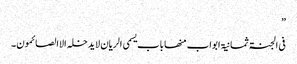
”
فی الجنۃ ثمانیۃ ابواب منھا باب یسمی الریان لایدخلہ الاالصائمون۔